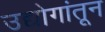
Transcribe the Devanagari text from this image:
उद्योगांतून